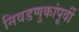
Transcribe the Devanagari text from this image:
निवडणुकांपूर्वी